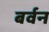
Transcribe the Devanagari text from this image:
बर्वन